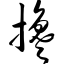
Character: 搀